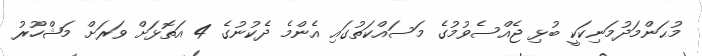
މުޙަންމަދުމަނިކަކީ ބުޅި ޖެއްސެވުމުގެ މަސައްކަތުގައި އެންމެ ދެކުނުގެ 4 އަތޮޅަށް ވަރަށް މަޝްހޫރު